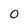
Character: 0